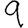
Digit: 9